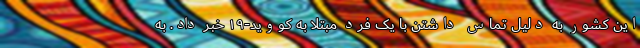
این کشور به دلیل تماس داشتن با یک فرد مبتلا به کووید-۱۹ خبر داد. به